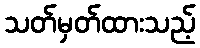
သတ်မှတ်ထားသည့်